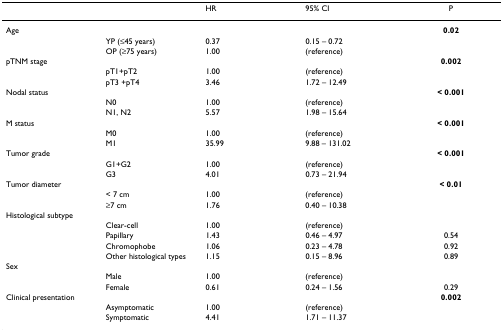
<table><thead><tr><td></td><td></td><td><b>HR</b></td><td><b>95% CI</b></td><td><b>P</b></td></tr></thead><tbody><tr><td>Age</td><td></td><td></td><td></td><td><b>0.02</b></td></tr><tr><td></td><td>YP (≤45 years)</td><td>0.37</td><td>0.15 – 0.72</td><td></td></tr><tr><td></td><td>OP (≥75 years)</td><td>1.00</td><td>(reference)</td><td></td></tr><tr><td>pTNM stage</td><td></td><td></td><td></td><td><b>0.002</b></td></tr><tr><td></td><td>pT1+pT2</td><td>1.00</td><td>(reference)</td><td></td></tr><tr><td></td><td>pT3 +pT4</td><td>3.46</td><td>1.72 – 12.49</td><td></td></tr><tr><td>Nodal status</td><td></td><td></td><td></td><td><b>&lt; 0.001</b></td></tr><tr><td></td><td>N0</td><td>1.00</td><td>(reference)</td><td></td></tr><tr><td></td><td>N1, N2</td><td>5.57</td><td>1.98 – 15.64</td><td></td></tr><tr><td>M status</td><td></td><td></td><td></td><td><b>&lt; 0.001</b></td></tr><tr><td></td><td>M0</td><td>1.00</td><td>(reference)</td><td></td></tr><tr><td></td><td>M1</td><td>35.99</td><td>9.88 – 131.02</td><td></td></tr><tr><td>Tumor grade</td><td></td><td></td><td></td><td><b>&lt; 0.001</b></td></tr><tr><td></td><td>G1+G2</td><td>1.00</td><td>(reference)</td><td></td></tr><tr><td></td><td>G3</td><td>4.01</td><td>0.73 – 21.94</td><td></td></tr><tr><td>Tumor diameter</td><td></td><td></td><td></td><td><b>&lt; 0.01</b></td></tr><tr><td></td><td>&lt; 7 cm</td><td>1.00</td><td>(reference)</td><td></td></tr><tr><td></td><td>≥7 cm</td><td>1.76</td><td>0.40 – 10.38</td><td></td></tr><tr><td>Histological subtype</td><td></td><td></td><td></td><td></td></tr><tr><td></td><td>Clear-cell</td><td>1.00</td><td>(reference)</td><td></td></tr><tr><td></td><td>Papillary</td><td>1.43</td><td>0.46 – 4.97</td><td>0.54</td></tr><tr><td></td><td>Chromophobe</td><td>1.06</td><td>0.23 – 4.78</td><td>0.92</td></tr><tr><td></td><td>Other histological types</td><td>1.15</td><td>0.15 – 8.96</td><td>0.89</td></tr><tr><td>Sex</td><td></td><td></td><td></td><td></td></tr><tr><td></td><td>Male</td><td>1.00</td><td>(reference)</td><td></td></tr><tr><td></td><td>Female</td><td>0.61</td><td>0.24 – 1.56</td><td>0.29</td></tr><tr><td>Clinical presentation</td><td></td><td></td><td></td><td><b>0.002</b></td></tr><tr><td></td><td>Asymptomatic</td><td>1.00</td><td>(reference)</td><td></td></tr><tr><td></td><td>Symptomatic</td><td>4.41</td><td>1.71 – 11.37</td><td></td></tr></tbody></table>